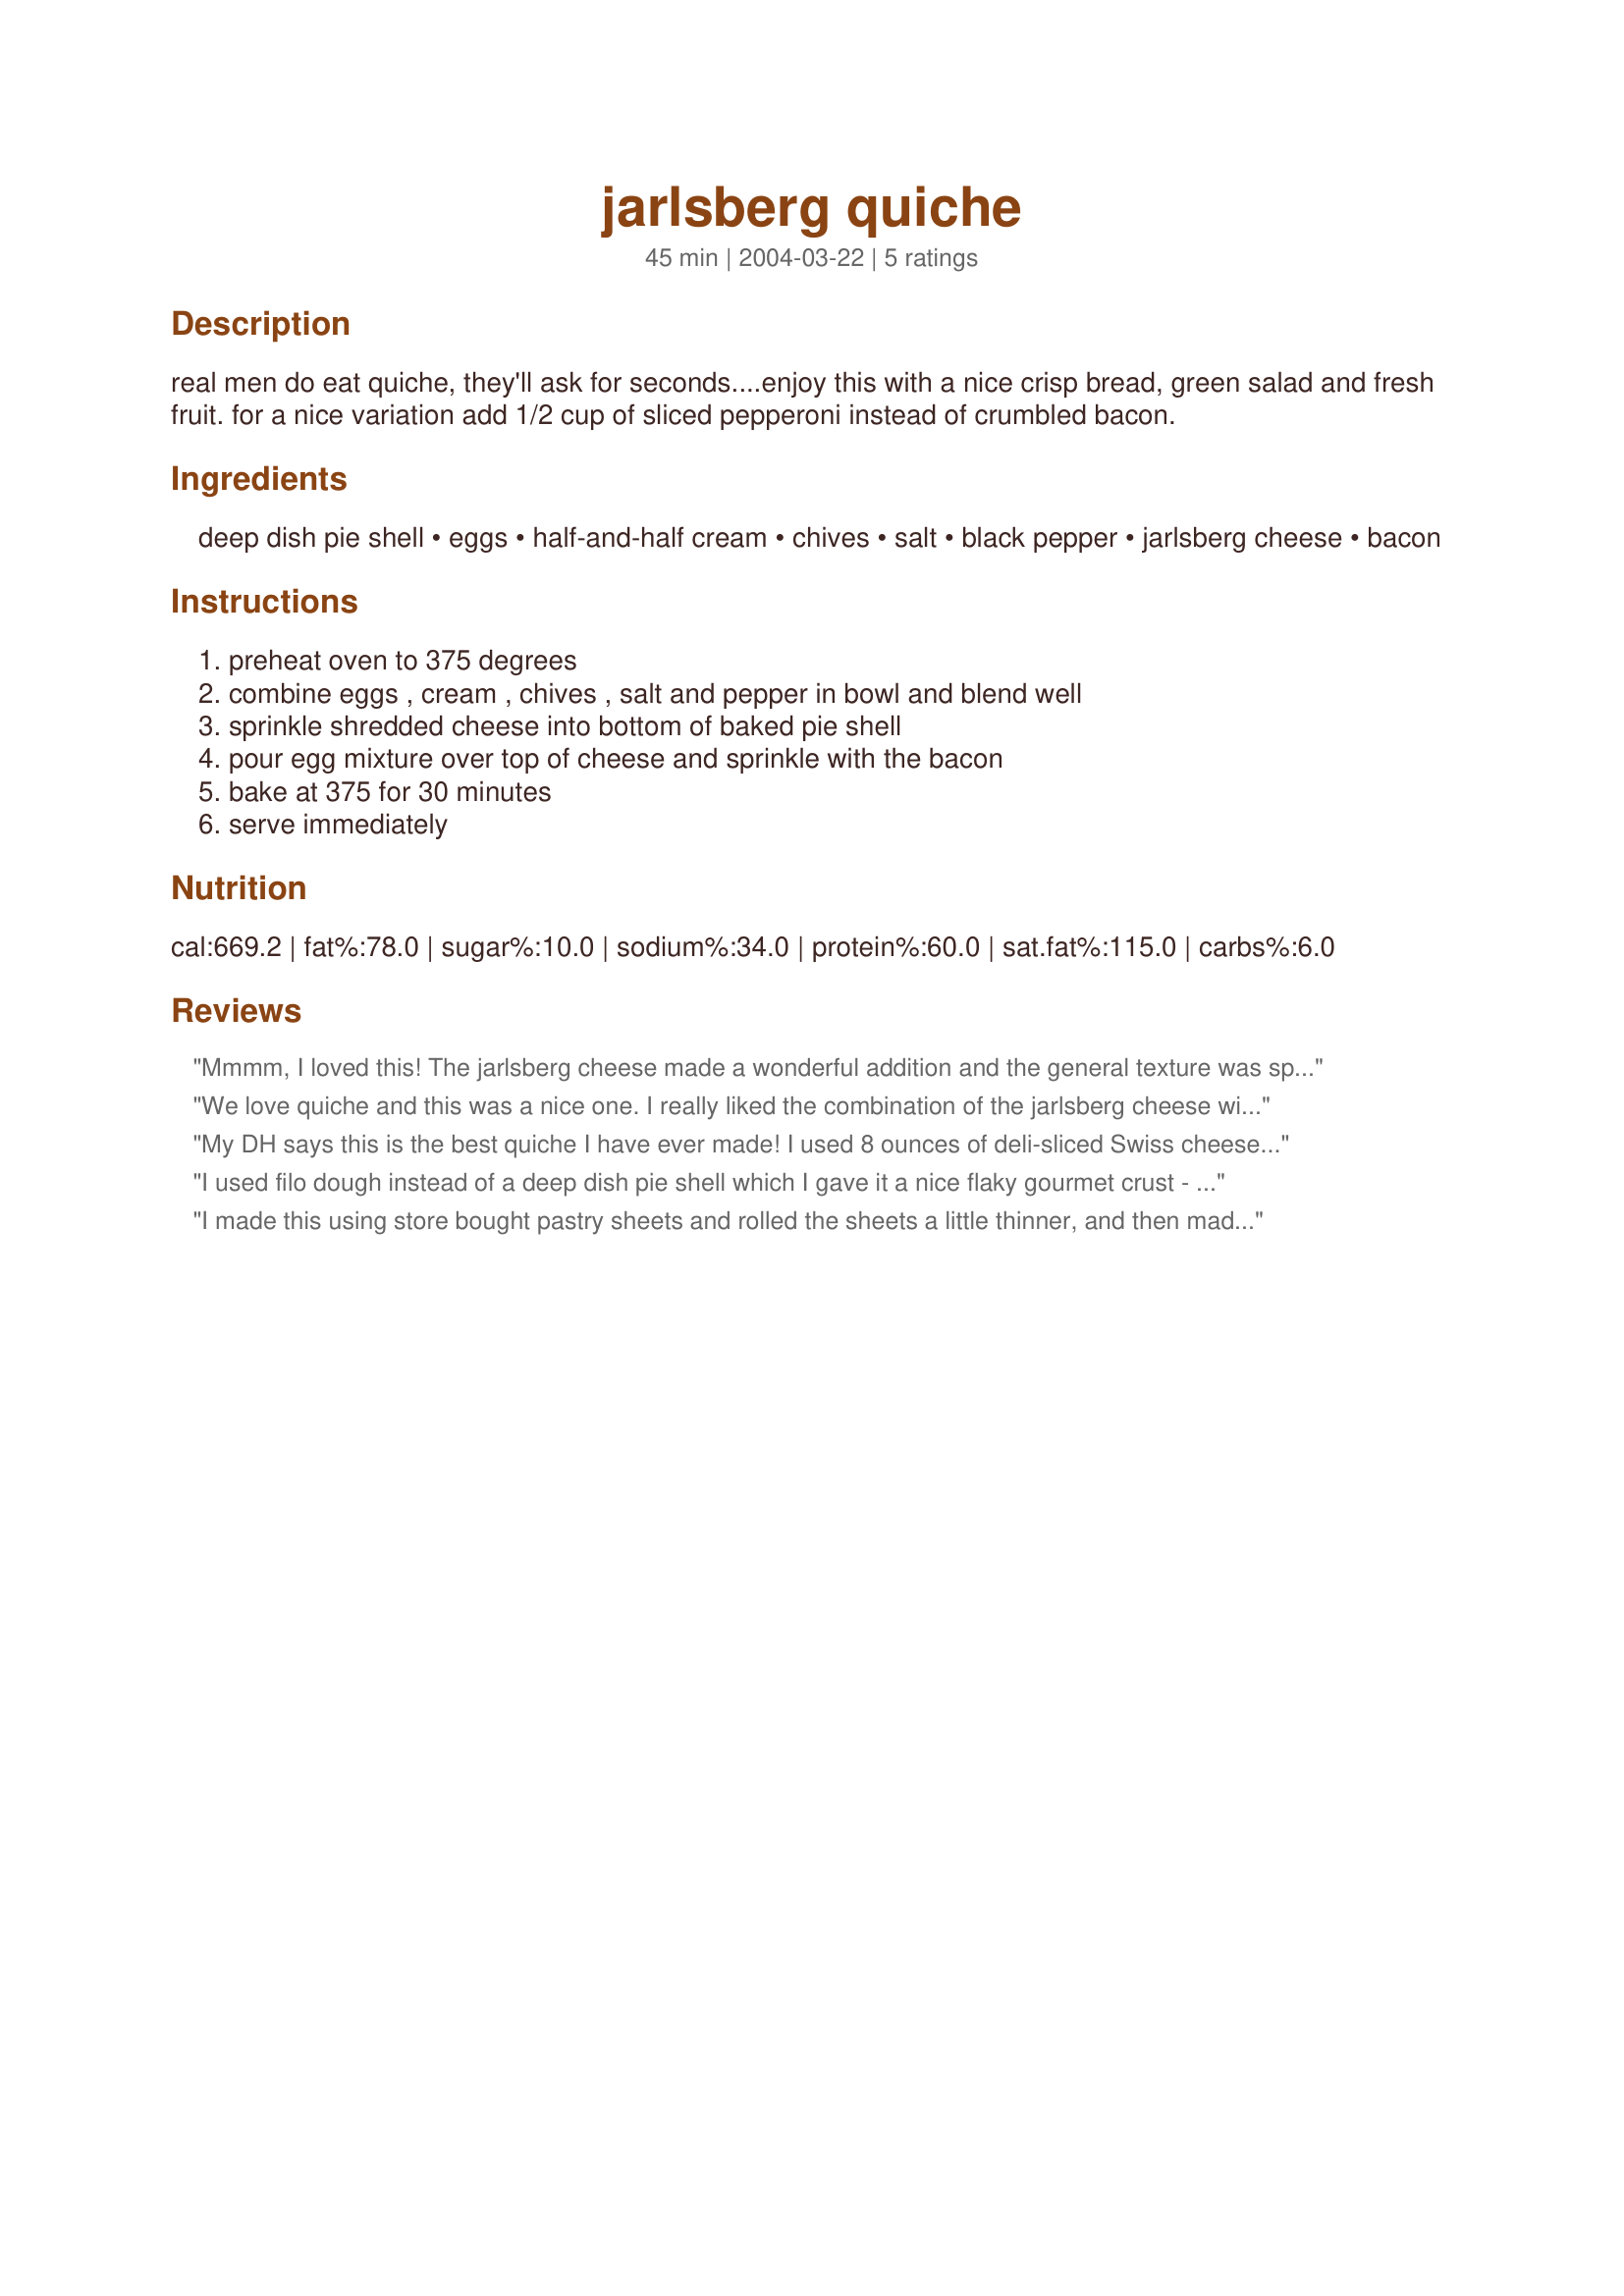
jarlsberg quiche
Preparation time: 45 minutes

real men do eat quiche, they'll ask for seconds....enjoy this with a nice crisp bread, green salad and fresh fruit. for a nice variation add 1/2 cup of sliced pepperoni instead of crumbled bacon.

Ingredients:
deep dish pie shell, eggs, half-and-half cream, chives, salt, black pepper, jarlsberg cheese, bacon

Steps:
preheat oven to 375 degrees, combine eggs , cream , chives , salt and pepper in bowl and blend well, sprinkle shredded cheese into bottom of baked pie shell, pour egg mixture over top of cheese and sprinkle with the bacon, bake at 375 for 30 minutes, serve immediately

Reviews:
Mmmm, I loved this! The jarlsberg cheese made a wonderful addition and the general texture was spot on. I didn't have a pie shell so used a regular pastry sheet brushed with milk and the cooking time was spot on for the pastry, so that option is worth a try as well for anyone that would prefer a thinner crust.
We love quiche and this was a nice one. I really liked the combination of the jarlsberg cheese with the bacon. Thanks BK for another winner.
My DH says this is the best quiche I have ever made! I used 8 ounces of deli-sliced Swiss cheese. I placed about half of the cheese on the bottom of the cooked pie shell, then tore what was left into pieces and mixed it into the eggs. Most times, in my experience with cheese and eggs, the eggs overpower the cheese. In this recipe, the cheese is very prevalent in taste and texture--and that is what we thought was outstanding! We also loved the crunch of the bacon on top. Thanks, BK this is a keeper.
I used filo dough instead of a deep dish pie shell which I gave it a nice flaky gourmet crust - it turned out amazing!

Note: I used 3 cups of jarlsberg cheese and I added 1/2 cup of caramelized onions and garlic.

I love this recipe! I will try this again but use a small cupcake baking pan and make mini-quiches for my next party!
I made this using store bought pastry sheets and rolled the sheets a little thinner, and then made them as small quiche&#039;s. The family loved this, even DH who is not a wrap for quiche.The only thing I would change is to leave out the salt next time, as we found it a little salty with the bacon.But with that said..... We all enjoyed this quiche so very much, and I will be making this again for sure.&lt;br/&gt;Thanks Baby Kato.
